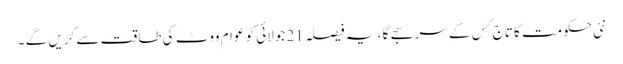
نئی حکومت کا تاج کِس کے سر سجے گا ، یہ فیصلہ 21 جولائی کو عوام ووٹ کی طاقت سے کریں گے ۔